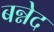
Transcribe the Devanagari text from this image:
बन्नेद